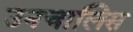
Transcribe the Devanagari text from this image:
उनचालिस